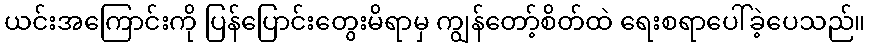
ယင်းအကြောင်းကို ပြန်ပြောင်းတွေးမိရာမှ ကျွန်တော့်စိတ်ထဲ ရေးစရာပေါ်ခဲ့ပေသည်။